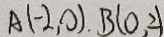
A ( - 2 , 0 ) , B ( 0 , 2 )